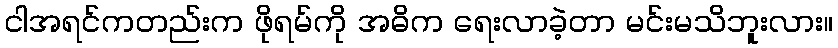
ငါအရင်ကတည်းက ဖိုရမ်ကို အဓိက ရေးလာခဲ့တာ မင်းမသိဘူးလား။